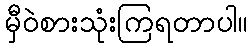
မှီဝဲစားသုံးကြရတာပါ။